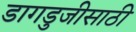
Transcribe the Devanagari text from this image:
डागडुजीसाठी